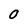
Character: 0